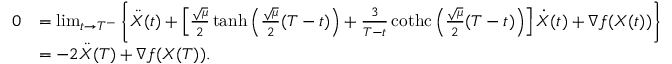
\begin{array} { r l } { 0 } & { = \operatorname* { l i m } _ { t \rightarrow T ^ { - } } \bigg \{ \ddot { X } ( t ) + \left[ \frac { \sqrt { \mu } } { 2 } \operatorname { t a n h } \left( \frac { \sqrt { \mu } } { 2 } ( T - t ) \right) + \frac { 3 } { T - t } \operatorname { c o t h c } \left( \frac { \sqrt { \mu } } { 2 } ( T - t ) \right) \right] \dot { X } ( t ) + \nabla f ( X ( t ) ) \bigg \} } \\ & { = - 2 \ddot { X } ( T ) + \nabla f ( X ( T ) ) . } \end{array}